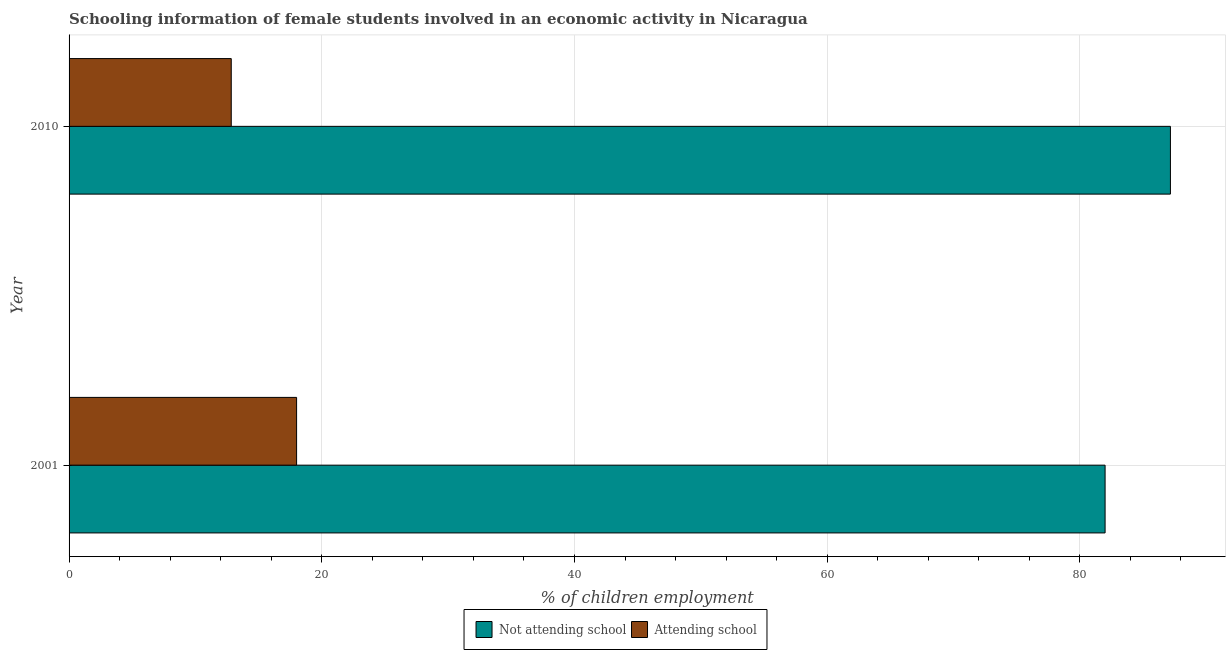
| Year | Not attending school | Attending school |
 | --- | --- | --- |
 | 2001 | 82 | 18 |
 | 2010 | 87.2 | 12.8 |